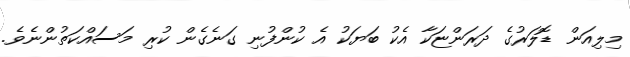
މިލިއަން ޑޮލަރުގެ ދަރަންޏަކާ އެކު ބަޔަކު އެ ކުންފުނި ގަނެގެން ކުރި މަސައްކަތުންނެވެ.